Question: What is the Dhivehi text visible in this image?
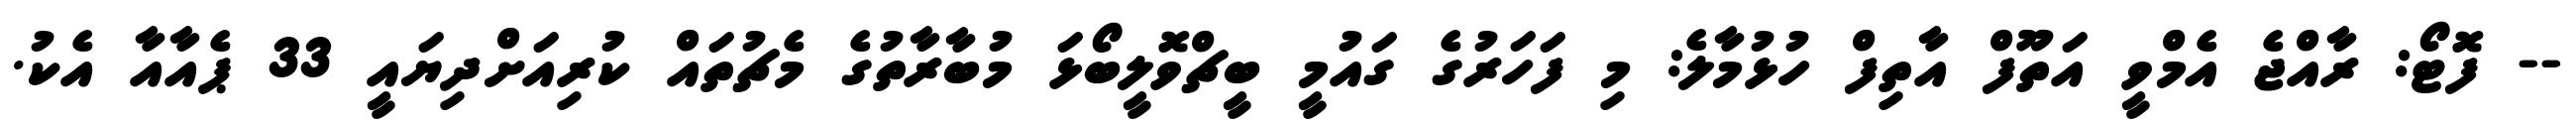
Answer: -- ފޮޓޯ: ރާއްޖެ އެމްވީ އަތޫފް އާތިފް ހުޅުމާލެ: މި ފަހަރުގެ ގައުމީ ބީޗްވޮލީބޯޅަ މުބާރާތުގެ މެޗުތައް ކުރިއަށްދިޔައީ 33 ޕެއާއާ އެކު.